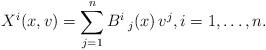
LaTeX: \begin{align*}X^i(x,v)= \sum_{j=1}^n B^i\,_j(x) \, v^j,i=1,\ldots,n.\end{align*}